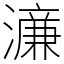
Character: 濓